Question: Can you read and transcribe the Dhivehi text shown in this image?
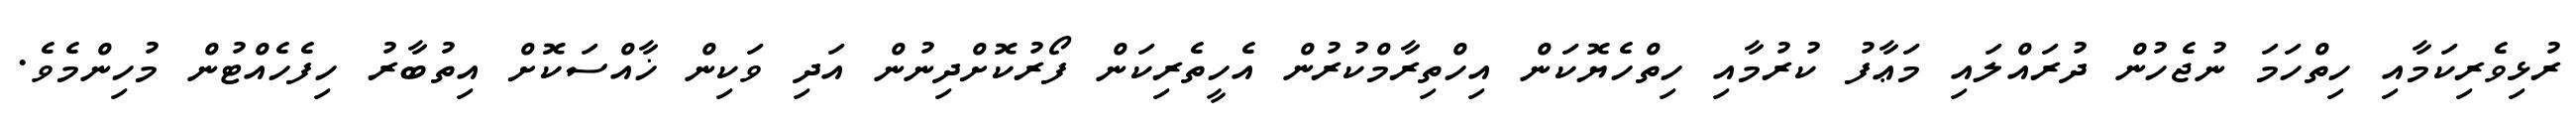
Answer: ރުޅިވެރިކަމާއި ހިތްހަމަ ނުޖެހުން ދުރައްލައި މަޢާފު ކުރުމާއި ހިތްހެޔޮކަން އިހްތިރާމްކުރުން އެހީތެރިކަން ފޯރުކޮށްދިނުން އަދި ވަކިން ޚާއްސަކޮށް އިތުބާރު ހިފެހެއްޓުން މުހިންމެވެ.